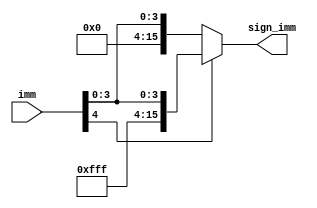
`timescale 1ns / 1ps
//////////////////////////////////////////////////////////////////////////////////
// Company: 
// Engineer: 
// 
// Design Name: 
// Module Name:    sign_ext 
// Project Name: 
// Target Devices: 
// Tool versions: 
// Description: 
//
// Dependencies: 
//
// Revision: 
// Revision 0.01 - File Created
// Additional Comments: 
//
//////////////////////////////////////////////////////////////////////////////////
module signext(imm, sign_imm);
	input  [4:0] imm;
	output reg [15:0] sign_imm;
	
	always @ (imm) begin
		if (imm[4] == 1'b1) begin
			sign_imm = {11'b11111111111, imm};
		end else begin
			sign_imm = {11'b00000000000, imm};
		end
	end
	
	

endmodule